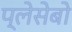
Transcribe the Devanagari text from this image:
प्लेसेबो